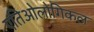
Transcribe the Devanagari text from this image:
एतिओलोगिकल